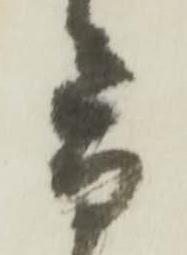
音